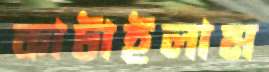
কাটাইলাম